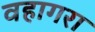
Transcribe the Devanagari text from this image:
वहागरा